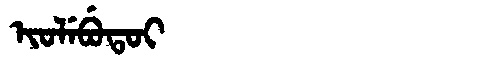
Manchu: ᡳᠣᠯᡝᠪᡠᡨᠣᡳ
Romanization: IOLEBUTOI